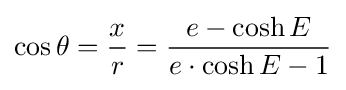
\cos \theta ={\frac {x}{r}}={\frac {e-\cosh E}{e\cdot \cosh E-1}}